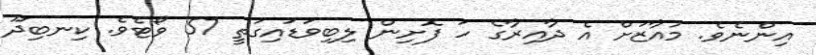
އިންނެވެ. މުއާޒަށް އެ ދާއިރާގެ ހަ ފޮށިން ލިބިވަޑައިގަތީ 57 ވޯޓެވެ. ކިނބިދޫ